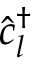
\hat { c } _ { l } ^ { \dagger }